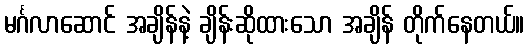
မင်္ဂလာဆောင် အချိန်နဲ့ ချိန်းဆိုထားသော အချိန် တိုက်နေတယ်။